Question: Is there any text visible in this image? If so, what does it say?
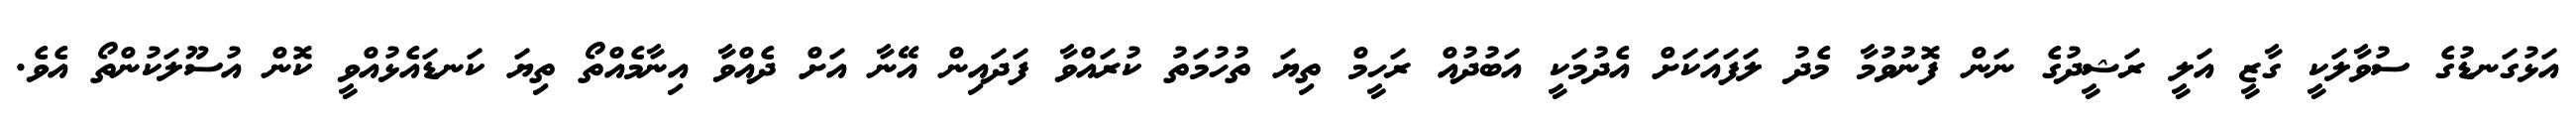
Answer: އަޅުގަނޑުގެ ސުވާލަކީ ގާޒީ އަލީ ރަޝީދުގެ ނަން ފޮނުވުމާ މެދު ލަފައަކަށް އެދުމަކީ އަބުދުއް ރަހީމް ތިޔަ ތުހުމަތު ކުރައްވާ ފަދައިން އޭނާ އަށް ދެއްވާ އިނާމެއްތޯ ތިޔަ ކަނޑައެޅުއްވީ ކޮން އުސޫލަކުންތޯ އެވެ.